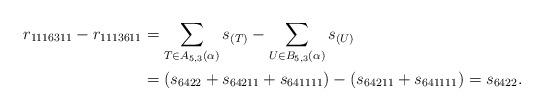
LaTeX: \begin{align*}r_{1116311}-r_{1113611}&=\sum_{T\in A_{5,3}(\alpha)}s_{(T)}-\sum_{U\in B_{5,3}(\alpha)}s_{(U)}\\&=(s_{6422}+s_{64211}+s_{641111})-(s_{64211}+s_{641111})=s_{6422}.\end{align*}